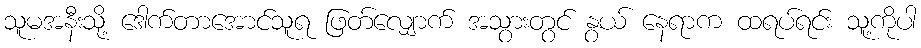
သူမအနီးသို့ ဒေါက်တာအောင်သူရ ဖြတ်လျှောက် အသွားတွင် နွယ် နေရာက ထရပ်ရင်း သူ့ကိုပါ